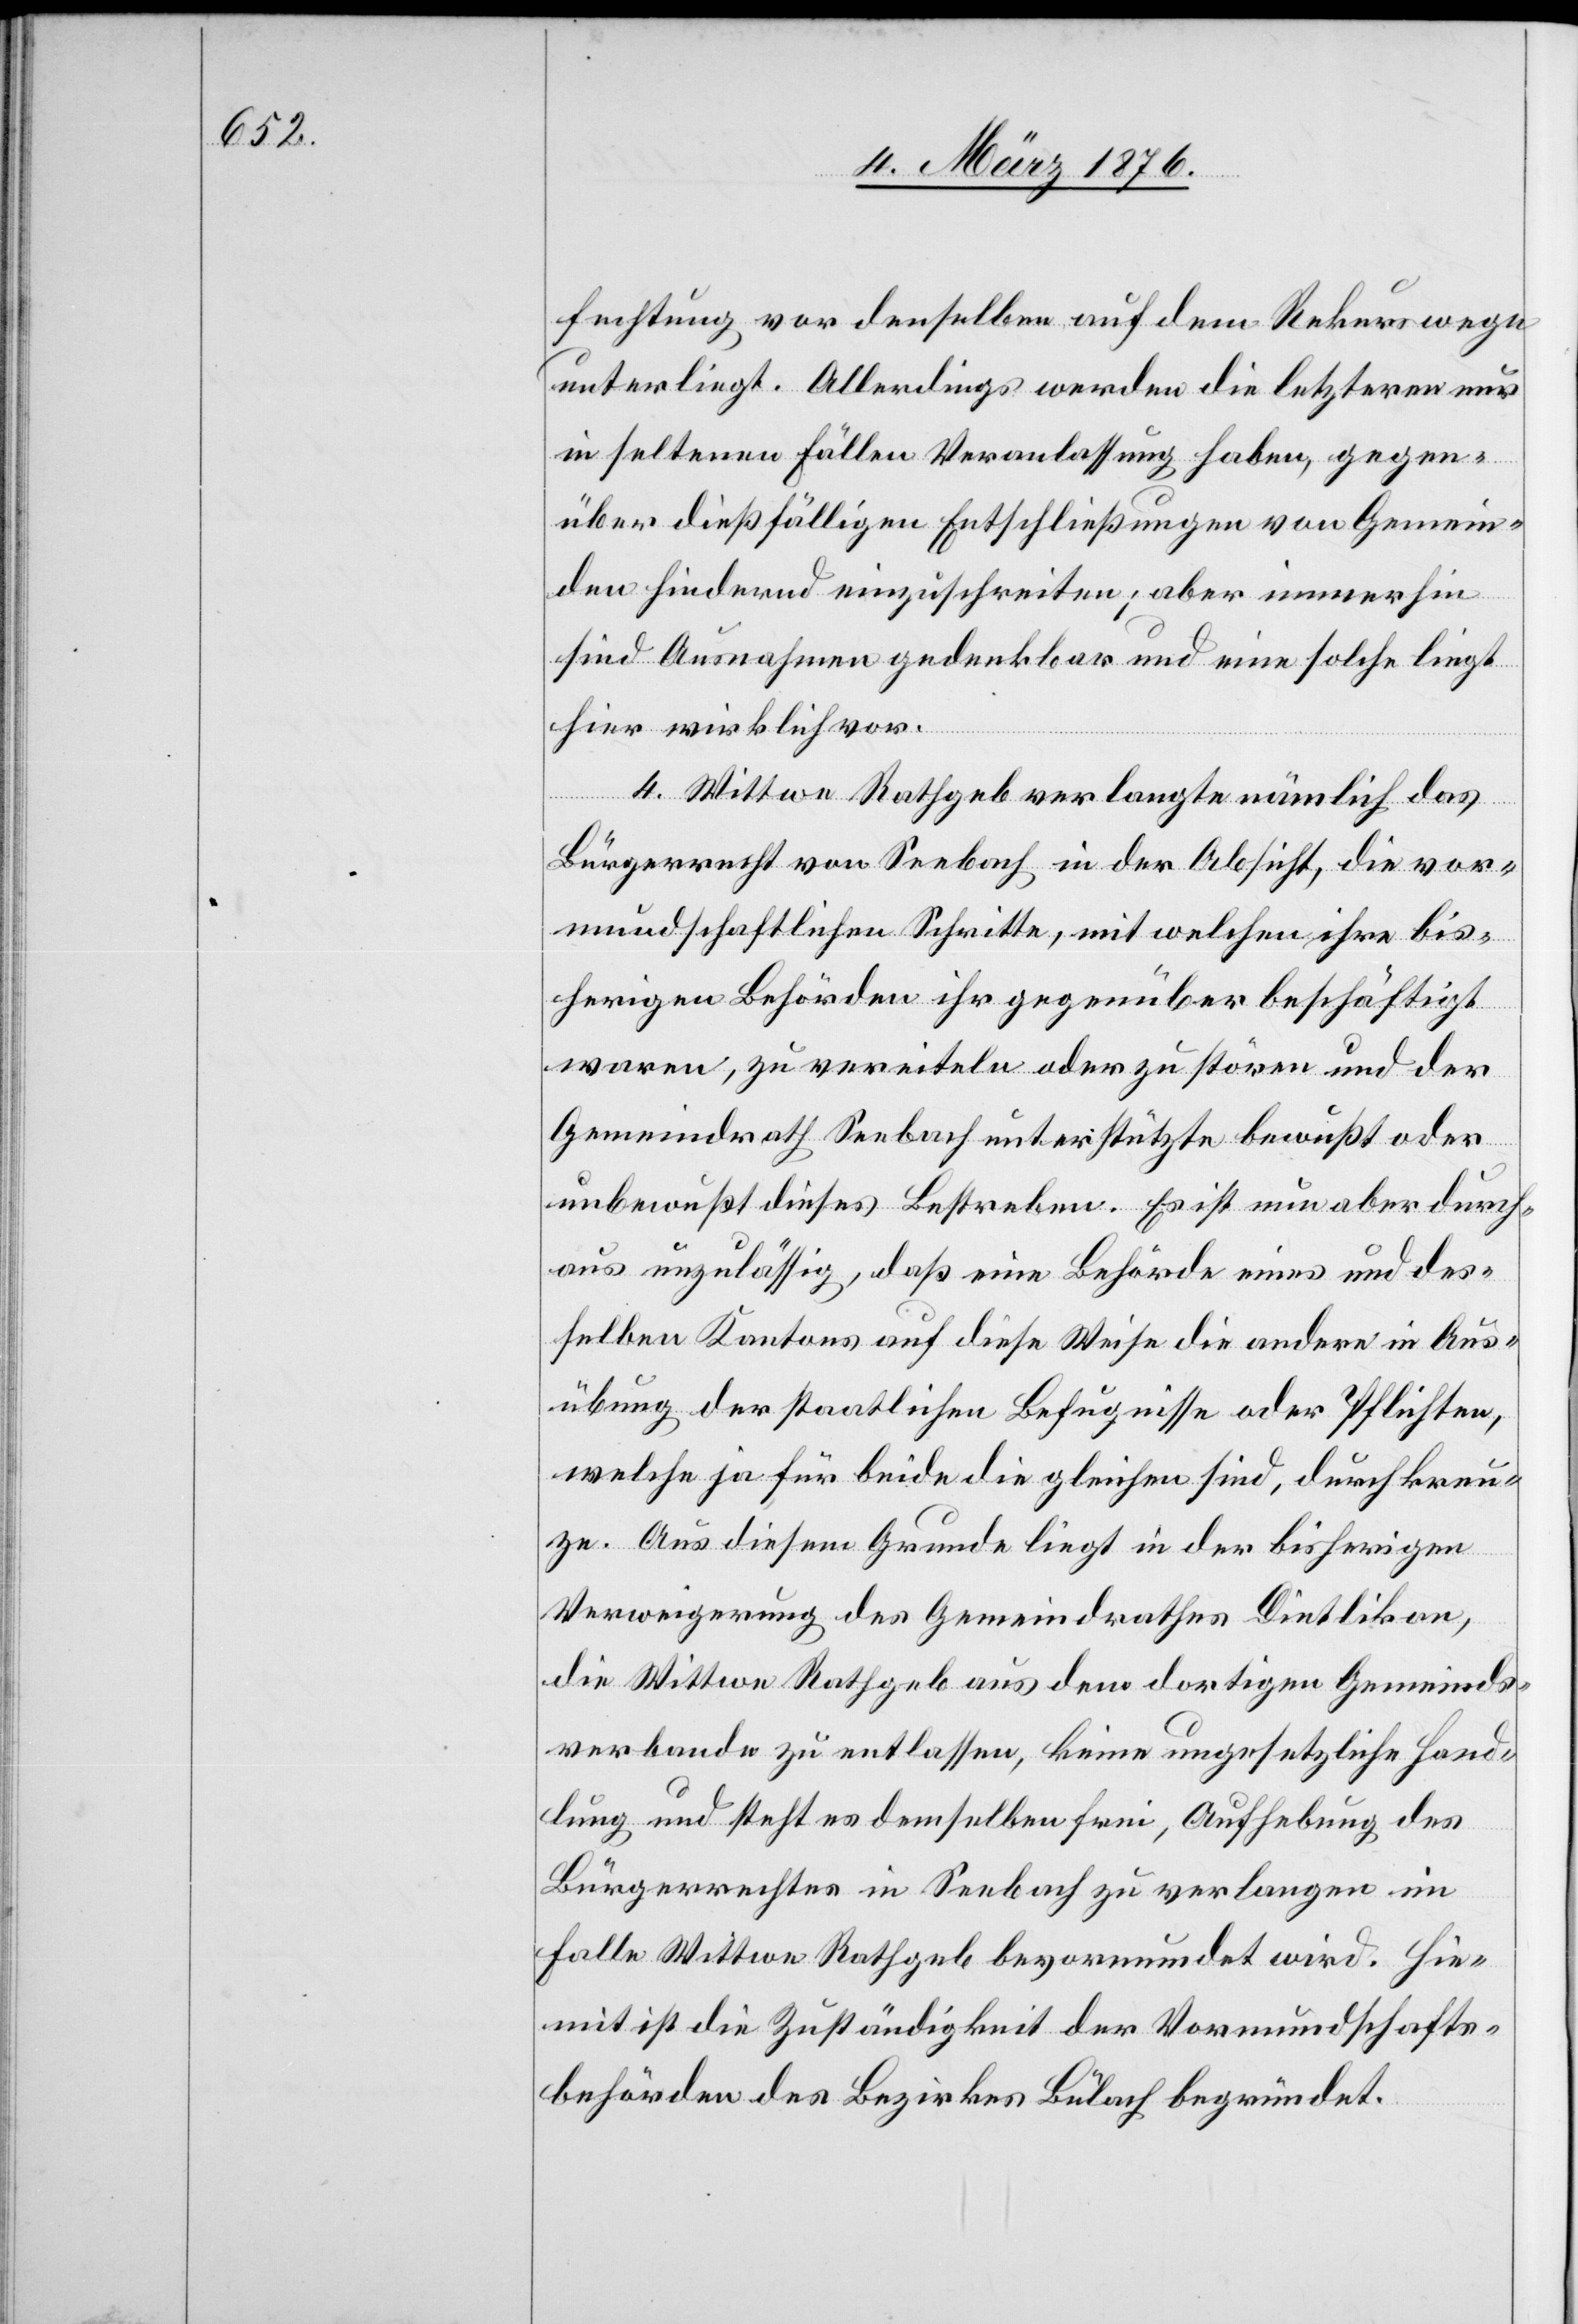
fechtung vor denselben auf dem Rekurswege
unterliegt. Allerdings werden die letztern nur
in seltenen Fällen Veranlassung haben, gegen¬
über dießfälligen Entschließungen von Gemein¬
den hindernd einzuschreiten; aber immerhin
sind Ausnahmen gedenkbar und eine solche liegt
hier wirklich vor.
4. Wittwe Rathgeb verlangte nämlich das
Bürgerrecht von Seebach in der Absicht, die vor¬
mundschaftlichen Schritte, mit welchen ihre bis¬
herigen Behörden ihr gegenüber beschäftigt
waren, zu vereiteln oder zu stören und der
Gemeindrath Seebach unterstützte bewußt oder
unbewußt dieses Bestreben. Es ist nun aber durch¬
aus unzulässig, daß eine Behörde eines und des¬
selben Kantons auf diese Weise die andere in Aus¬
übung der staatlichen Befugnisse oder Pflichten,
welche ja für beide die gleichen sind, durchkreu¬
ze. Aus diesem Grunde liegt in der bisherigen
Verweigerung des Gemeindrathes Dietlikon,
die Wittwe Rathgeb aus dem dortigen Gemeinds¬
verbunde zu entlassen, keine ungesetzliche Hand¬
lung und steht es demselben frei, Aufhebung des
Bürgerrechtes in Seebach zu verlangen im
Falle Wittwe Rathgeb bevormundet wird. Hie¬
mit ist die Zuständigkeit der Vormundschafts¬
behörden des Bezirkes Bülach begründet.